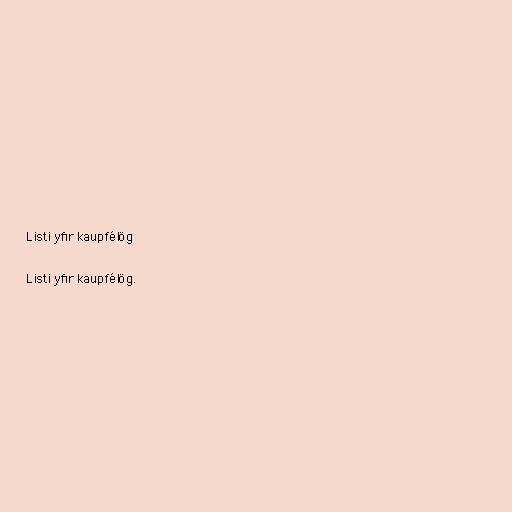
Listi yfir kaupfélög

Listi yfir kaupfélög.